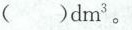
( ) dm^{3} 。